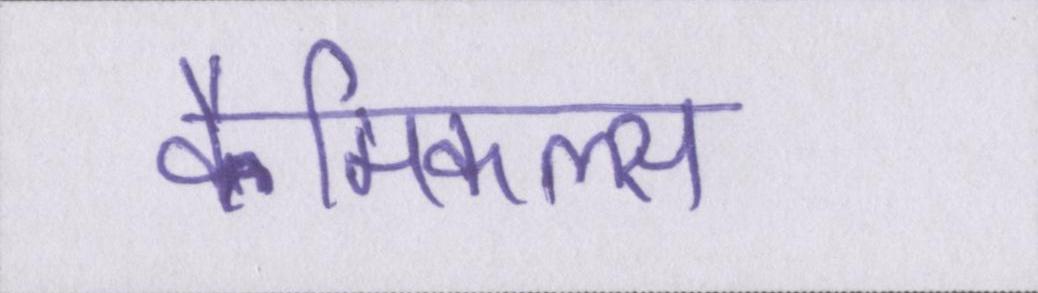
कैमिकल्स